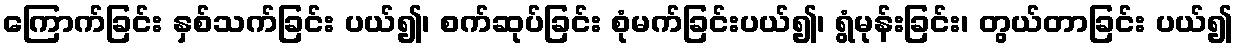
ကြောက်ခြင်း နှစ်သက်ခြင်း ပယ်၍၊ စက်ဆုပ်ခြင်း စုံမက်ခြင်းပယ်၍၊ ရွံမုန်းခြင်း၊ တွယ်တာခြင်း ပယ်၍